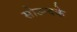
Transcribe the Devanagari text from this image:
सोउन्दके